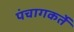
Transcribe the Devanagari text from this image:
पंचागकर्ते